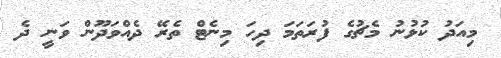
މިއަދު ކުޅުނު މެޗުގެ ފުރަތަމަ ދިހަ މިނެޓް ތެރޭ ދެއްވަދޫން ވަނީ ދެ